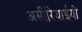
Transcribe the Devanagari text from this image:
असीरियाईयों